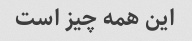
این همه چیز است